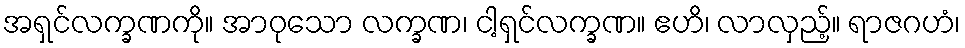
အရှင်လက္ခဏကို။ အာဝုသော လက္ခဏ၊ ငါ့ရှင်လက္ခဏ။ ဧဟိ၊ လာလှည့်။ ရာဇဂဟံ၊